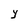
Character: Y